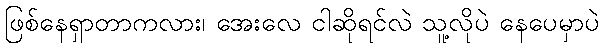
ဖြစ်နေရှာတာကလား၊ အေးလေ ငါဆိုရင်လဲ သူ့လိုပဲ နေပေမှာပဲ